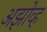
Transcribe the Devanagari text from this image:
अझोव्ह